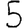
Digit: 5